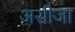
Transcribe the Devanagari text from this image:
असीजा